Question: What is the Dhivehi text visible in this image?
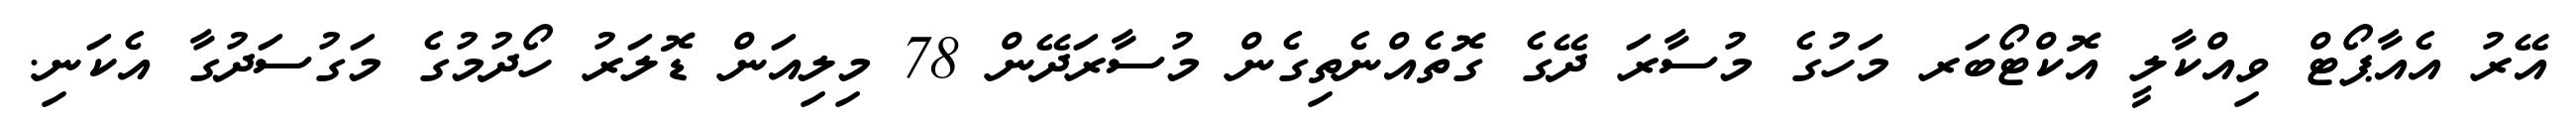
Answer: އޭރު އެއާޕޯޓް ވިއްކާލީ އޮކްޓޯބަރ މަހުގެ މުސާރަ ދޭގެ ގޮތެއްނެތިގެން މުސާރަދޭން 78 މިލިއަން ޑޮލަރު ހޯދުމުގެ މަގުސަދުގާ އެކަނި.